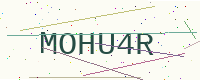
Text: MOHU4R